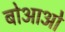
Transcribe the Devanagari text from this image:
बोआओ